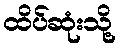
ထိပ်ဆုံးသို့